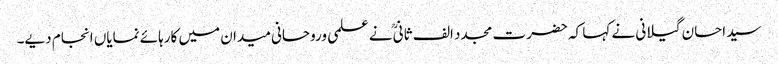
سید احسان گیلانی نے کہا کہ حضرت مجدد الف ثانیؒ نے علمی وروحانی میدان میں کارہائے نمایاں انجام دیے۔